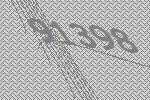
91398